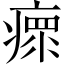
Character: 瘝